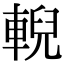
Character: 輗